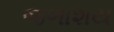
જળાશય